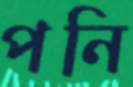
পনি